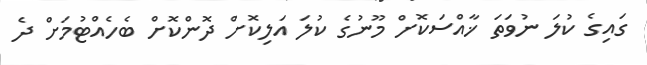
ގައިގެ ކުލަ ނުވަތަ ޚާއްސަކޮށް މޫނުގެ ކުލަ އަލިކޮށް ދޮންކޮށް ބެހެއްޓުމަށް ދެ